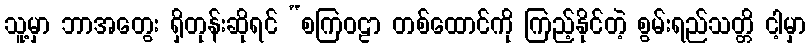
သူ့မှာ ဘာအတွေး ရှိတုန်းဆိုရင် “စကြဝဠာ တစ်ထောင်ကို ကြည့်နိုင်တဲ့ စွမ်းရည်သတ္တိ ငါ့မှာ